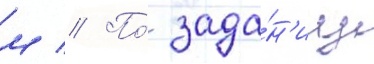
м // По́ зада́н'иу